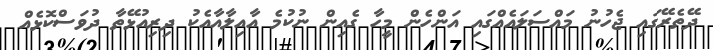
ދޭތެރޭގައި ޖެހުނު މައްސަލައެއްގައި އަންހެން މީހާ ގެއިން ނުކުމެ އާއިލާއާއެކު ދިރިއުޅޭތާ ދުވަސްކޮޅެއް